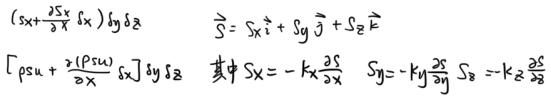
\[
\left(s_x + \frac{\partial s_x}{\partial x} \delta x\right) \delta y \delta z \quad \vec{S} = S_x \vec{i} + S_y \vec{j} + S_z \vec{k} \\
\left[\rho s u + \frac{\partial (\rho s u)}{\partial x} \delta x\right] \delta y \delta z \quad \text{其中} S_x = -k_x \frac{\partial s}{\partial x} \quad S_y = -k_y \frac{\partial s}{\partial y} \quad S_z = -k_z \frac{\partial s}{\partial z}
\]